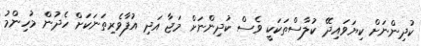
ކުދިންނަށް ކިޔަވައިދޭ ކުލާސްތަކަކީ ވެސް ކުދިންނަށް މަޖާ އަދި އުފާވެރިތަނަކަށް ހެދުން މުހިންމު